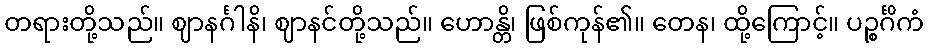
တရားတို့သည်။ ဈာနင်္ဂါနိ၊ ဈာနင်တို့သည်။ ဟောန္တိ၊ ဖြစ်ကုန်၏။ တေန၊ ထို့ကြောင့်။ ပဉ္စင်္ဂိကံ